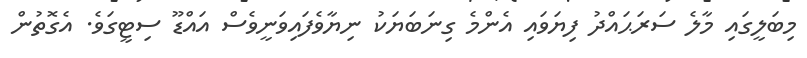
މިބަލީގައި މާލެ ސަރަޙައްދު ފިޔަވައި އެންމެ ގިނަބަޔަކު ނިޔާވެފައިވަނީވެސް އައްޑޫ ސިޓީގަވެ. އެގޮތުން